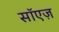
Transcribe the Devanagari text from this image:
सॉएज़